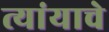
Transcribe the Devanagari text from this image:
त्यांयाचे